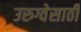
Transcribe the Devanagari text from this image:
उरुग्वेसाठी